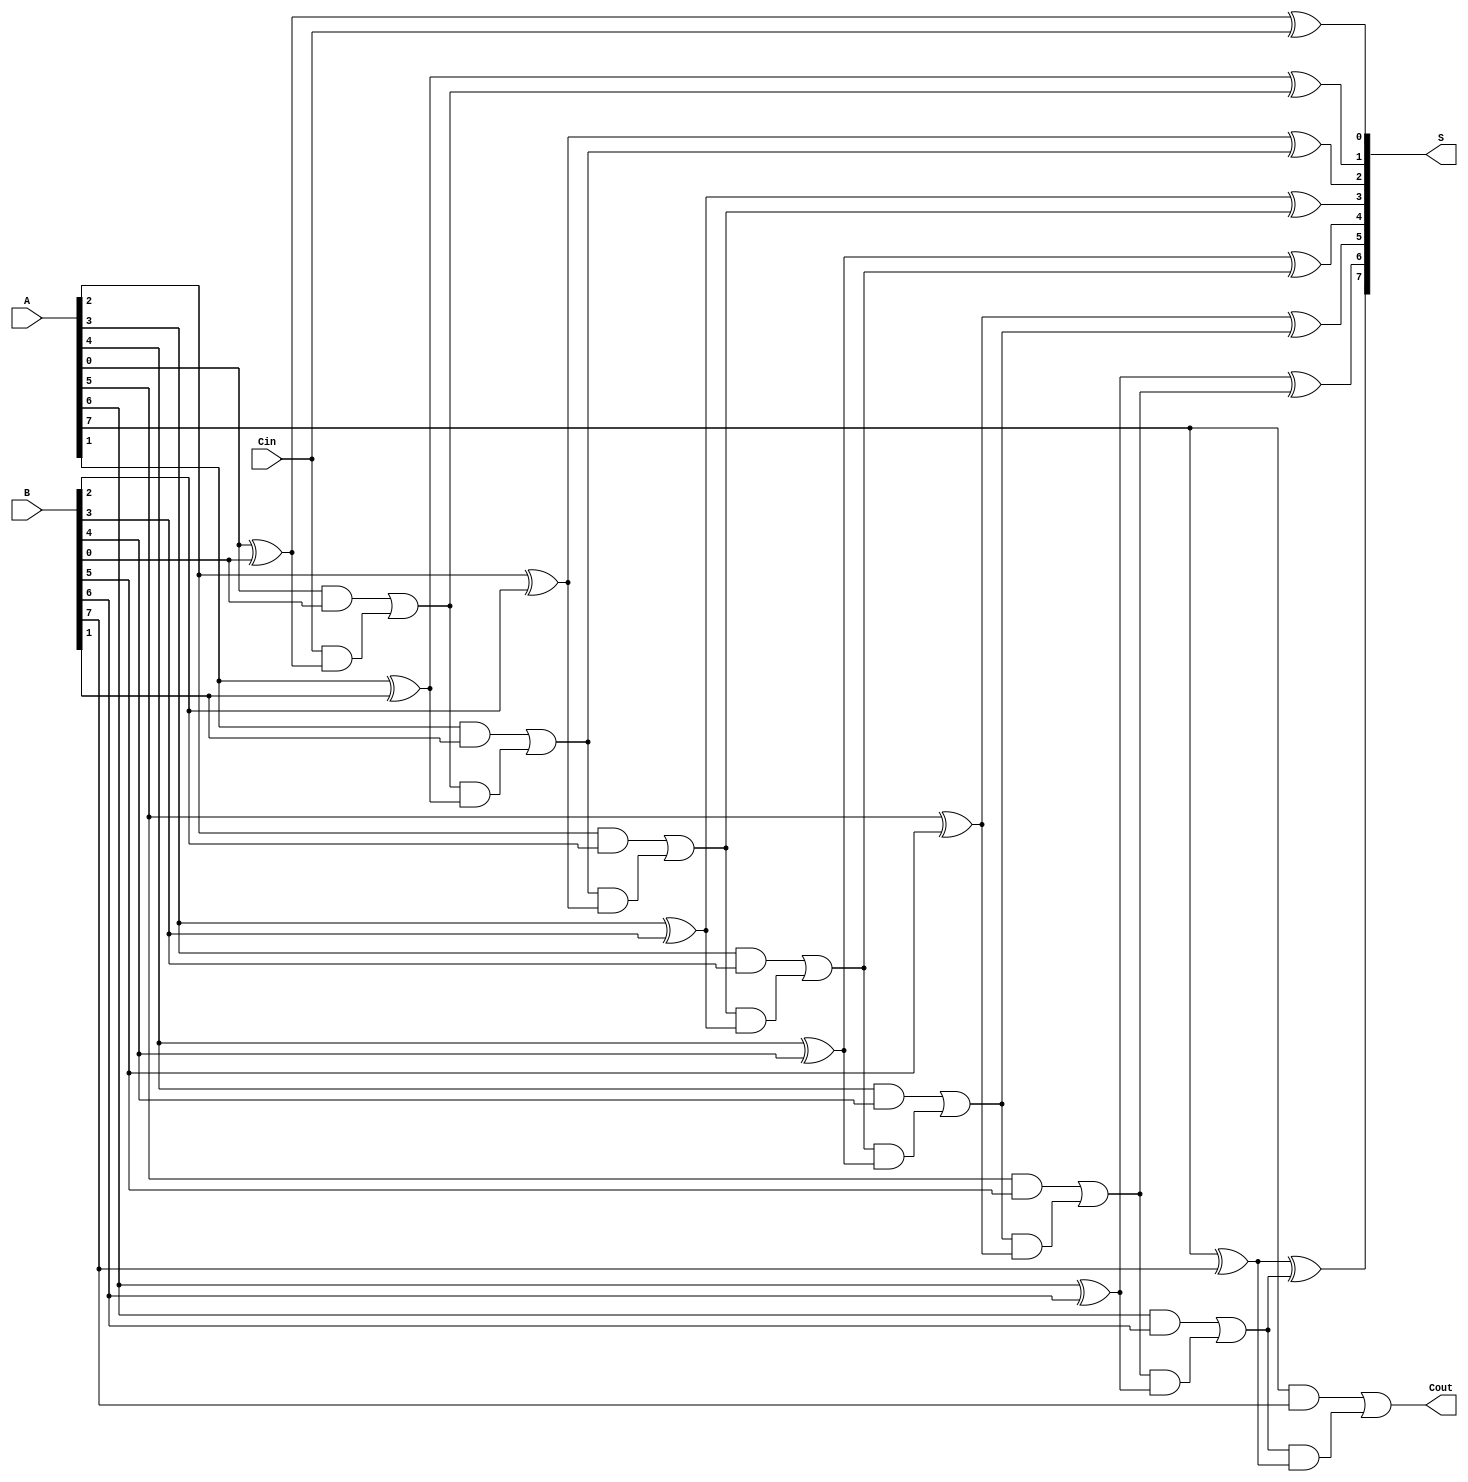
module ManchesterCarryChainAdder #(
    parameter WIDTH = 8  // Parameter for the bit-width of the adder
) (
    input  wire [WIDTH-1:0] A,   // First operand
    input  wire [WIDTH-1:0] B,   // Second operand
    input  wire Cin,              // Carry-in
    output wire [WIDTH-1:0] S,    // Sum output
    output wire Cout              // Carry-out
);

    // Internal wires for carry signals
    wire [WIDTH:0] carry;

    // Assign the initial carry input
    assign carry[0] = Cin;

    // Generate the full adders for each bit
    genvar i;
    generate
        for (i = 0; i < WIDTH; i = i + 1) begin : full_adder
            // Full adder logic
            wire sum, co;
            assign sum = A[i] ^ B[i] ^ carry[i];
            assign co = (A[i] & B[i]) | (carry[i] & (A[i] ^ B[i]));

            // Assign sum to output
            assign S[i] = sum;

            // Assign carry output
            assign carry[i + 1] = co;
        end
    endgenerate

    // Final carry-out
    assign Cout = carry[WIDTH];

endmodule